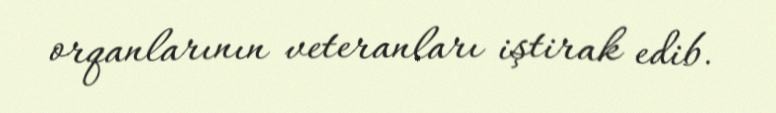
orqanlarının veteranları iştirak edib.